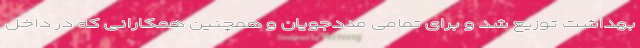
بهداشت توزیع شد و برای تمامی مددجویان و همچنین همکارانی که در داخل